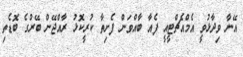
އޭނާ ވިދާޅުވީ އެމްއެޗްޓީއީ ފެއާ ބާއްވަން ފެށިތާ ކުރީކޮޅު ރާއްޖޭން ބޭރުގެ ބޮޑެތި